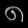
Digit: ၈